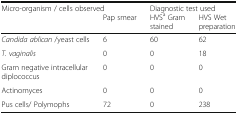
<table><thead><tr><td colspan="2"><b>Micro-organism / cells observed</b></td><td colspan="2"><b>Diagnostic test used</b></td></tr><tr><td></td><td><b>Pap smear</b></td><td><b>HVS<sup>a</sup> Gram stained</b></td><td><b>HVS Wet preparation</b></td></tr></thead><tbody><tr><td><i>Candida ablican</i> /yeast cells</td><td>6</td><td>60</td><td>62</td></tr><tr><td><i>T. vaginalis</i></td><td>0</td><td>0</td><td>18</td></tr><tr><td>Gram negative intracellular diplococcus</td><td>0</td><td>0</td><td>0</td></tr><tr><td>Actinomyces</td><td>0</td><td>0</td><td>0</td></tr><tr><td>Pus cells/ Polymophs</td><td>72</td><td>0</td><td>238</td></tr></tbody></table>